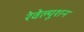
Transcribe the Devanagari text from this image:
रेवेल्यूशन